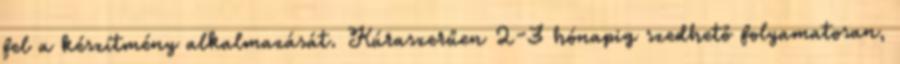
fel a készítmény alkalmazását. Kúraszerűen 2-3 hónapig szedhető folyamatosan,